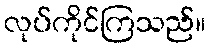
လုပ်ကိုင်ကြသည်။